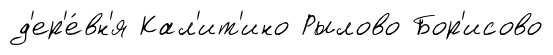
д'ер'е́вн'я Кал'ит'ино Рылово Бор'исово